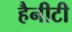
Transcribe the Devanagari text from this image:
हैनीटी